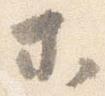
等